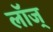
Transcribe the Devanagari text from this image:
लॉज्